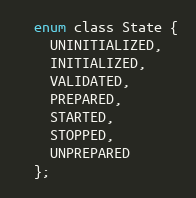
Language: C
  enum class State {
    UNINITIALIZED,
    INITIALIZED,
    VALIDATED,
    PREPARED,
    STARTED,
    STOPPED,
    UNPREPARED
  };